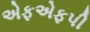
એફએફપી